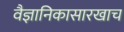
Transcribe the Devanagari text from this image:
वैज्ञानिकासारखाच